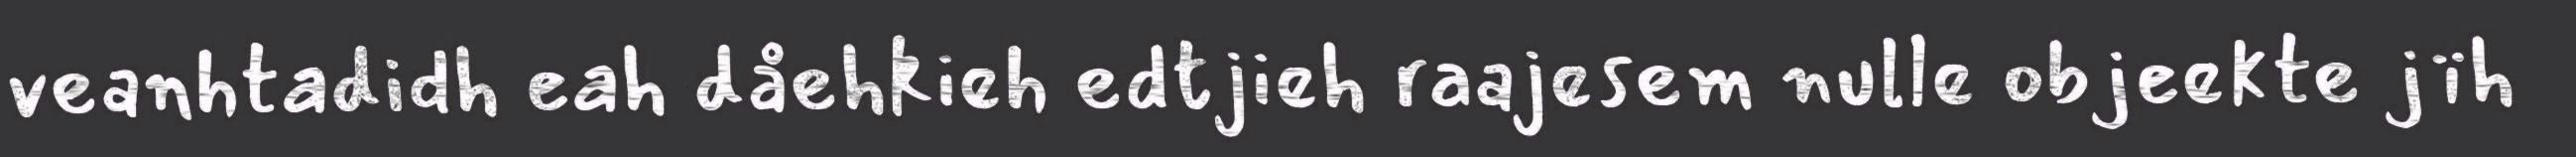
veanhtadidh eah dåehkieh edtjieh raajesem nulle objeekte jïh